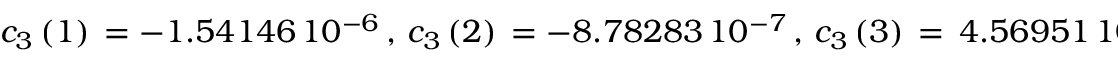
c _ { 3 } \left( 1 \right) \, = - 1 . 5 4 1 4 6 \, 1 0 ^ { - 6 } \, , \, c _ { 3 } \left( 2 \right) \, = - 8 . 7 8 2 8 3 \, 1 0 ^ { - 7 } \, , \, c _ { 3 } \left( 3 \right) \, = \, 4 . 5 6 9 5 1 \, 1 0 ^ { - 8 } \, .